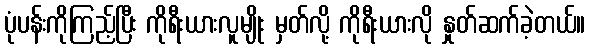
ပုံပန်းကိုကြည့်ပြီး ကိုရီးယားလူမျိုး မှတ်လို့ ကိုရီးယားလို နှုတ်ဆက်ခဲ့တယ်။